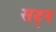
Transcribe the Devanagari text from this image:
सद्न